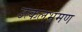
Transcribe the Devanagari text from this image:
उत्कलभ्रमण